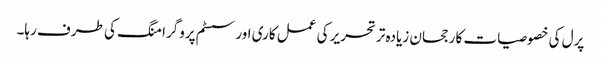
پرل کی خصوصیات کا رجحان زیادہ تر تحریر کی عمل کاری اور سسٹم پروگرامنگ کی طرف رہا۔